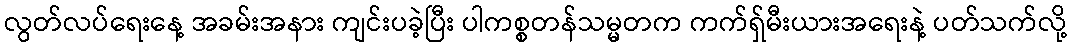
လွတ်လပ်ရေးနေ့ အခမ်းအနား ကျင်းပခဲ့ပြီး ပါကစ္စတန်သမ္မတက ကက်ရှ်မီးယားအရေးနဲ့ ပတ်သက်လို့